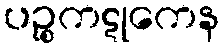
ပဉ္စကဋုကေန